Statistical return of the lunatic asylum in Assam - 1912-1932
Year: 1912
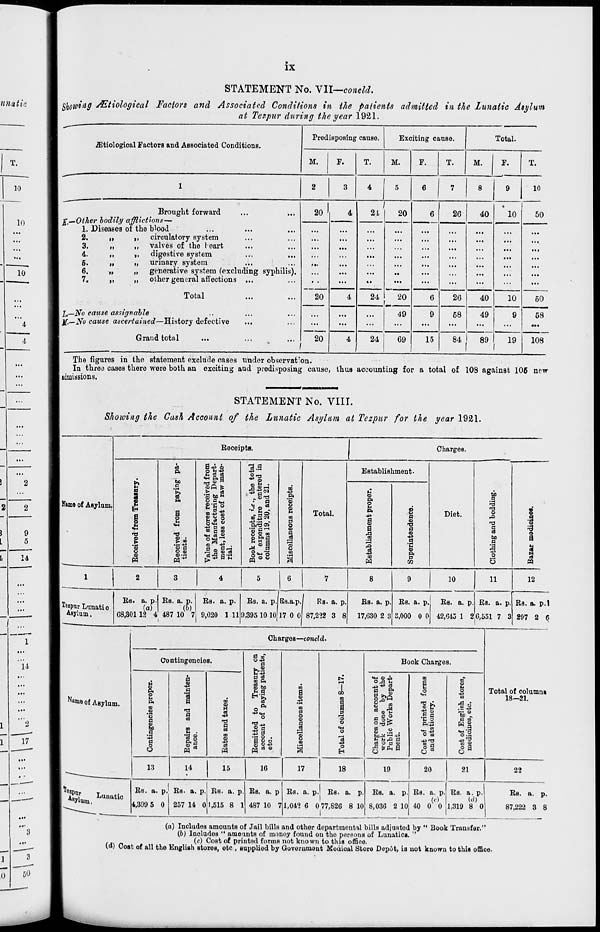
IX
STATEMENT No. Vll—eoncld.
Showing /Etiological Factors and Associated Conditions in the patients admitted in the Lunatic Asylum
at Tezpur during the year 1921.
- "
Predisposing cause.
Exciting cause
Total.
TEtiological Factors and Associated Conditions.
M.
F.
T.
M.
F.
T.
M.
F.
T.
1
2
3
4
5
6
7
8
9
10
Brought forward
20 '
4
1
24
20
6
26
40
*10
50
J,—Other bodily afflictions—
1. Diseases of the blood
...
...
...
...
2.
ii
,,
circulatory system
,.
3.
„
,,
valves of the \ eart
...
4.
,,
„
digestive system
...
...
...
...
...
5.
„
„
urinary system
,.
...
...
...
...
6.
n
»»
generative system (excluding syphilis).
...
...
...
7.
„
„
other general affections ...
20
1
49
...
...
...
...
Total
20
4
24
6
26
40
49
10
50
I,—No cause assignable
...
9
68
9
68
Jf.~No cause ascertained—History defective
20
...
...
...
...
...
...
...
...
Grand total
•
4
24
69
15
84 1 89
19
108
The figures in the statement exclude cases under observation.
In three cases there were both an exciting aud predisposing cause, thus accounting for a total of 108 against 106 new
admissions.
STATEMENT No. VIII
Shoiving the Cash Account of the Lunatic Asylum at Tezpur for the year 1921.
Keceiptu.
Charges.
CJ
Pi
Hs
r3 a
■+3
Establishment.
Himo of Asylum.
■
EH
I
a
I
bo
c
' §•
received fr
iring Depa
of raw ma
'.*?., the to
e entered
and 21.
m
■43
.2*
8
©
bo
.2
T3
CD
Pi
o n
Pi
■#■
a
<D
a
3
m
o3
CO
S
.2
3
©
a
a
o
b
•H
n3
CD
.
t» to
© C
ae of storeB
i Hanufactt
nt, less coBt
1.
k receipts, •
expenditur
umns 19, 20,
E
CD
|3
O
CD
a
"©
O
Total.
o
6
CD
'O
fl
CD
■*»
5
Diet.
©
rQ
a
a
bo
a
3
O <D
^.g S 9
o... -2
to
-is
Pi
H
!
«
|«3
r
m ov \ a
S
5
OS
PP
1
|
2
1
3
4
5
6
7
8
9
10
11
12
lia. a. p. Es. a. p. Bs. a. p.
Bs. a. p. 3s.a.p
Rs. a. p.
Bs. a. p. Bs. a. p.
Bs. a. p. Bs. a. p. Bs. a. p.l
[TozpurLtrnatio
(a)
(o)
I
1 Asylum.
G8.301 12 4 487 10 7 9,020 111' ),395 10 10j] 7 0 0 87,222 3 8
17,630 2 3 2,000 0 0 42,645 1 2 6,551 7 3 297 2 $
Charges—concld.
Contingencies.
O -|J
ft
Book Chargos.
0 c3
.
t«I
<H OJ!>
m
H
to Pi
rH
o,a *
a
u
CD
Pi
-2
01 bo
CO
a
CO
4
13 5
B
o
s o
Total of columng
N »me of Asylum.
o
'33
CO
on accon
done by
Works D
* w
E
18—21.
P4
m
o>
'S
a
13
m
6
H
d
a
B
m
©
s
Pi
o
o
CO
5
1
"o
printed
tionery.
st of English
edicines, etc.
bo
.S
PI
■
'3§
P. ?J
©"a
•2 9 •
a go
I
a
O
"c3
-13
©
.2 .
E u £* a
t) o do
6
jg <j3 ©
3
o
H
g t«fM a
a s
9 a
13
14
15
16
17
18
19
20
21
22
1 Asylum. Wtic Bo. a. p. Bs. a. p. Bs. a. p . Bs. a. p Bs. a. p. Bs. a. p. Bs. a. p. Bs. a. p. Bs. a. p.
Ea. a. p.
4,390 5 0 257 14 0 1,515 8 1 487 10 ' ? 1,042 6 0 77,826 8 10
1
8,036 2 10 40 0 0 1,319 8 0
87,222 3 8
(a) Includes amounts of Jail bills and other departmental bills adjusted by " Book Transfer."
(6) Includes " amounts of money found on tho persons of Lunatica. "
(c) CoBt of printed forms not known to this office.
(») Cost of all the English stores, otc , supplied by Goverumont fifodioal Store Depot, is not known to this office.